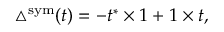
\triangle ^ { \mathrm { s y m } } ( t ) = - t ^ { * } \times 1 + 1 \times t ,